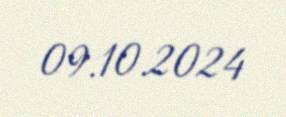
09.10.2024